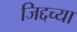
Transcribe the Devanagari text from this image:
जिद्दच्या